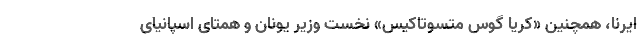
ایرنا، همچنین «کریا گوس متسوتاکیس» نخست وزیر یونان و همتای اسپانیای